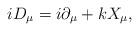
LaTeX: \begin{align*}iD_\mu = i\partial_\mu + kX_\mu , \end{align*}